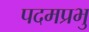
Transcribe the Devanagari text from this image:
पदमप्रभु